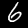
Label: 6